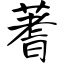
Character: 蓍